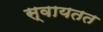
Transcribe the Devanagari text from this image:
स्वायतत